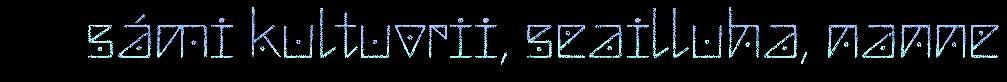
sámi kultuvrii, seailluha, nanne